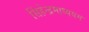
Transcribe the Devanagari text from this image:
सिंहेन्द्रमाध्ययम